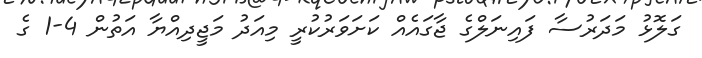
ގަލޮޅު މަދަރުސާ ފައިނަލްގެ ޖާގައެއް ކަށަވަރުކުރީ މިއަދު މަޖީދިއްޔާ އަތުން 4-1 ގެ